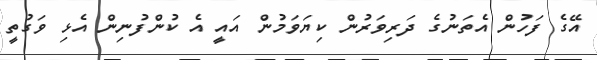
އޭގެ ފަހުން އެތަނުގެ ދަރިވަރުން ކިޔަވަމުން އައީ އެ ކުންފުނިން އެޅި ވަގުތީ